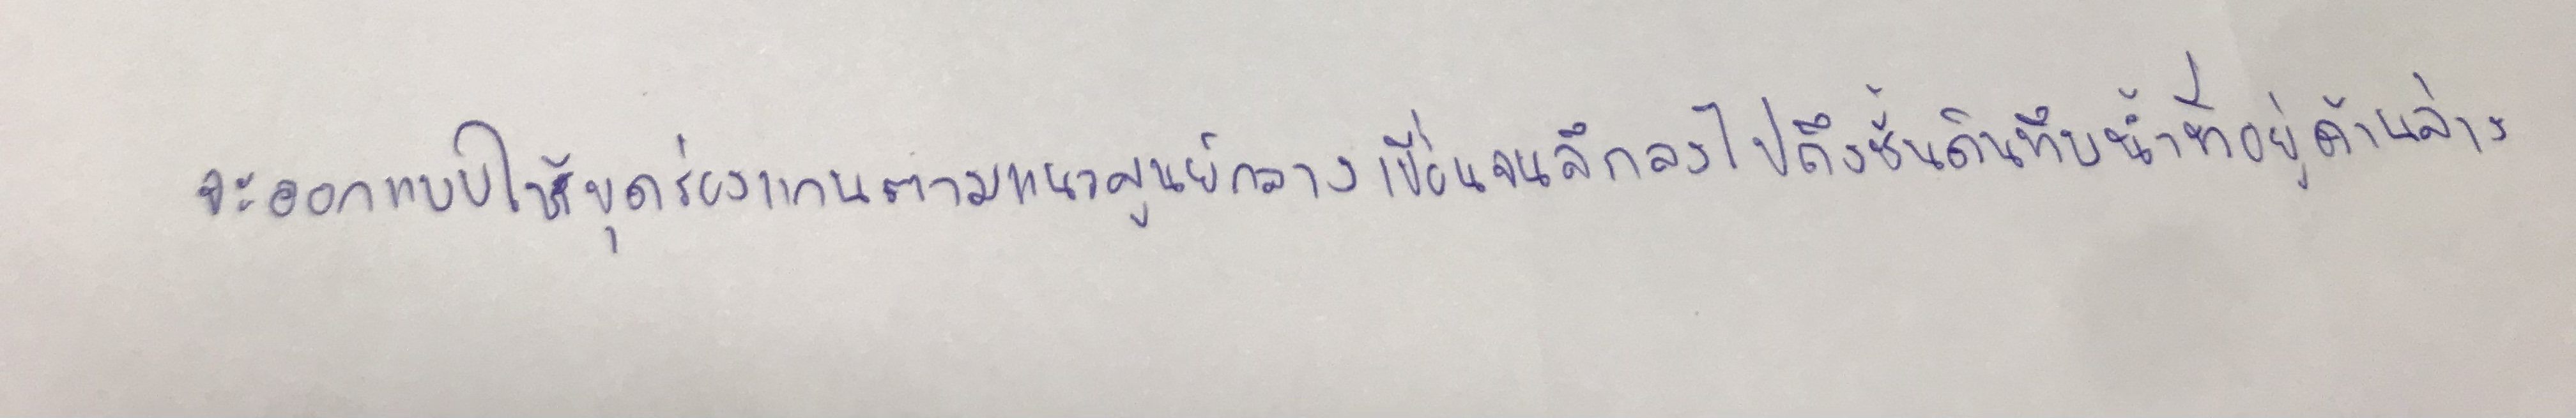
จะออกแบบให้ขุดร่องแกนตามแนวศูนย์กลางเขื่อนจนลึกลงไปถึงชั้นดินทึบน้ำที่อยู่ด้านล่าง